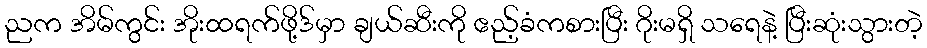
ညက အိမ်ကွင်း အိုးထရက်ဖို့ဒ်မှာ ချယ်ဆီးကို ဧည့်ခံကစားပြီး ဂိုးမရှိ သရေနဲ့ ပြီးဆုံးသွားတဲ့